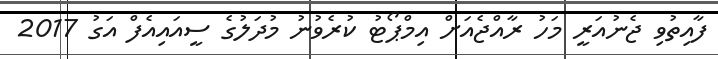
ފާއިތުވި ޖެނުއަރީ މަހު ރާއްޖެއަށް އިމްޕޯޓު ކުރެވުނު މުދަލުގެ ސީއައިއެފް އަގު 2017